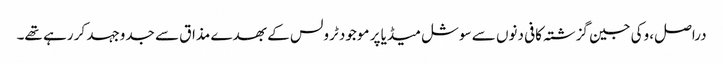
دراصل، وکی جین گزشتہ کافی دنوں سے سوشل میڈیا پر موجود ٹرولس کے بھدے مذاق سے جدوجہد کر رہے تھے۔